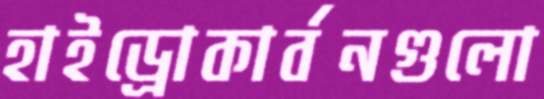
হাইড্রোকার্বনগুলো